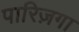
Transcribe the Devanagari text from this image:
पारिज़गा